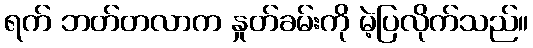
ရက် ဘတ်တလာက နှုတ်ခမ်းကို မဲ့ပြလိုက်သည်။